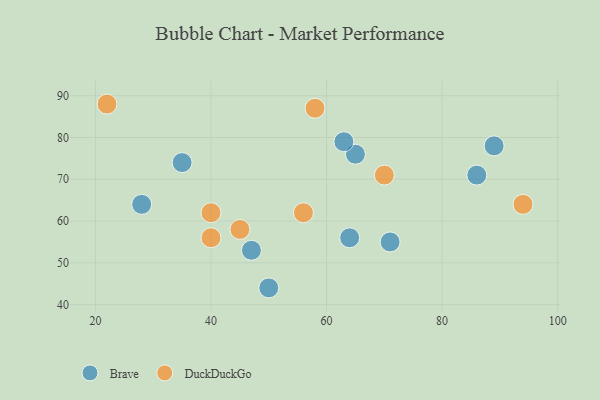
{"axis": {"x": "GDP", "y": "Life Expectancy"}, "legend": ["Brave", "DuckDuckGo"], "data": [{"x": "65", "y": 76, "type": "Brave"}, {"x": "63", "y": 79, "type": "Brave"}, {"x": "47", "y": 53, "type": "Brave"}, {"x": "86", "y": 71, "type": "Brave"}, {"x": "28", "y": 64, "type": "Brave"}, {"x": "35", "y": 74, "type": "Brave"}, {"x": "50", "y": 44, "type": "Brave"}, {"x": "64", "y": 56, "type": "Brave"}, {"x": "89", "y": 78, "type": "Brave"}, {"x": "71", "y": 55, "type": "Brave"}, {"x": "40", "y": 62, "type": "DuckDuckGo"}, {"x": "58", "y": 87, "type": "DuckDuckGo"}, {"x": "45", "y": 58, "type": "DuckDuckGo"}, {"x": "56", "y": 62, "type": "DuckDuckGo"}, {"x": "70", "y": 71, "type": "DuckDuckGo"}, {"x": "22", "y": 88, "type": "DuckDuckGo"}, {"x": "94", "y": 64, "type": "DuckDuckGo"}, {"x": "40", "y": 56, "type": "DuckDuckGo"}]}